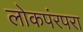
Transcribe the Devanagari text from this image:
लोकपंरपरा